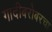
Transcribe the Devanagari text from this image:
गादीबरोबरचा